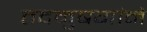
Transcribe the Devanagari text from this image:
तदनुषगांने